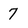
Character: 7